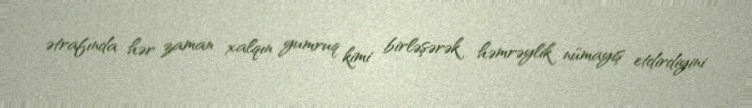
ətrafında hər zaman xalqın yumruq kimi birləşərək həmrəylik nümayiş etdirdiyini